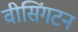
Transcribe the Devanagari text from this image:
वीसिंगटन